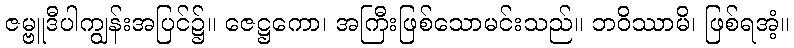
ဇမ္ဗူဒီပါကျွန်းအပြင်၌။ ဇေဋ္ဌကော၊ အကြီးဖြစ်သောမင်းသည်။ ဘဝိဿာမိ၊ ဖြစ်ရအံ့။